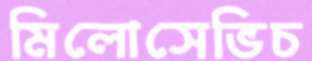
মিলোসেভিচ